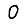
Digit: 0